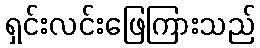
ရှင်းလင်းဖြေကြားသည်